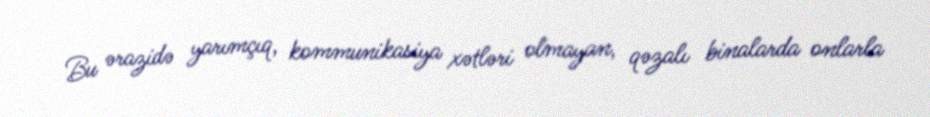
Bu ərazidə yarımçıq, kommunikasiya xətləri olmayan, qəzalı binalarda onlarla